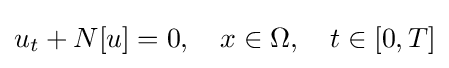
u_{t}+N[u]=0,\quad x\in \Omega ,\quad t\in [0,T]